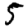
Digit: 5